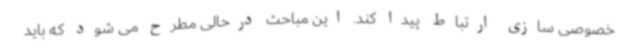
خصوصی سازی ارتباط پیدا کند. این مباحث درحالی مطرح می شود که باید